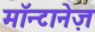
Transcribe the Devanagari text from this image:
मॉन्टानेज़